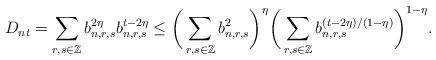
LaTeX: \begin{align*}D_{nt}=\sum_{r,s\in \mathbb{Z}}b_{n,r,s}^{2\eta}b_{n,r,s}^{t-2\eta}\leq \bigg(\sum_{r,s\in \mathbb{Z}}b_{n,r,s}^{2}\bigg)^{\eta} \bigg(\sum_{r,s\in \mathbb{Z}}b_{n,r,s}^{(t-2\eta)/(1-\eta)}\bigg)^{1-\eta}. \end{align*}